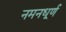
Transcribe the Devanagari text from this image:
नमनधूर्ण